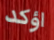
اؤكد